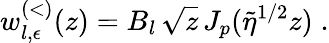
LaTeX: w_{l,\epsilon}^{(<)}(z)=B_{l}\, \sqrt{z}\, J_{p}(\widetilde{\eta}^{1/2}z)\; .